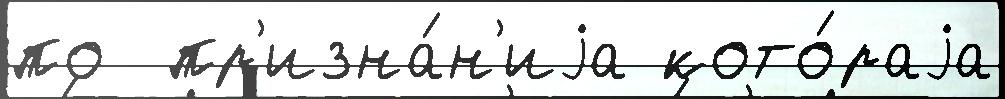
по  пр'изна́н'иjа кото́раjа